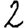
Digit: 2